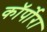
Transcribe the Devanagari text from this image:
कॉर्पोरा